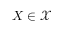
X \in \mathcal { X }